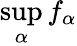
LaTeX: \operatorname*{sup}_{\alpha}f_{\alpha}